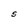
Character: S